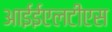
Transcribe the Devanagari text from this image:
आईईएलटीएस